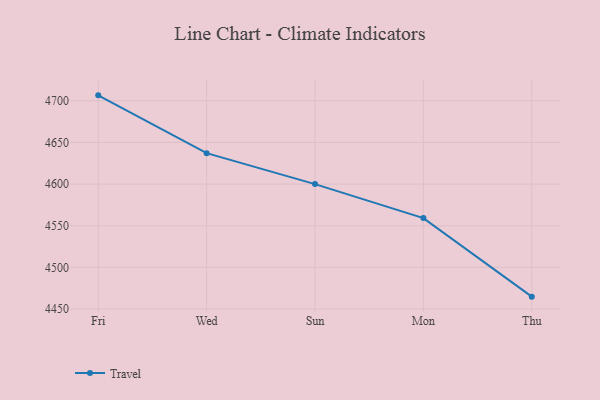
{"axis": {"x": "Day", "y": "Demand Index"}, "legend": ["Travel"], "data": [{"x": "Fri", "y": 4706.5, "type": "Travel"}, {"x": "Wed", "y": 4637.1, "type": "Travel"}, {"x": "Sun", "y": 4600.0, "type": "Travel"}, {"x": "Mon", "y": 4559.2, "type": "Travel"}, {"x": "Thu", "y": 4464.9, "type": "Travel"}]}